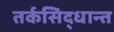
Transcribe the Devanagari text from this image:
तर्कसिद्धान्त